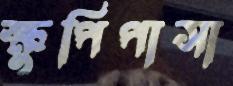
ক্ষুপিপাসা